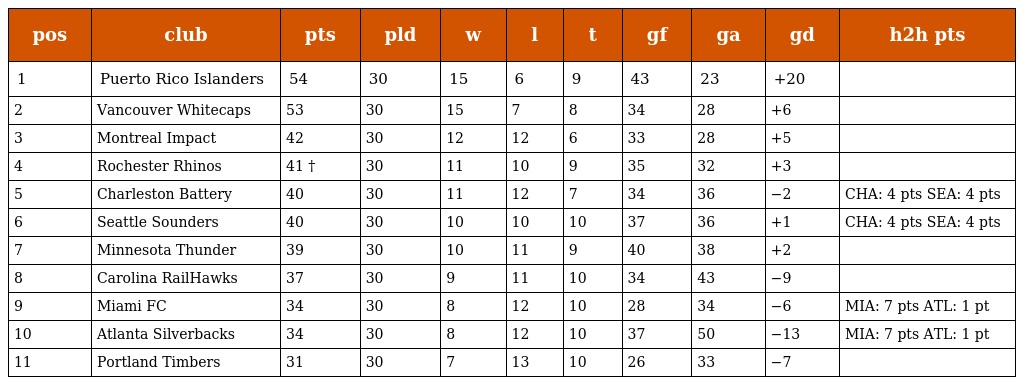
| pos | club | pts | pld | w | l | t | gf | ga | gd | h2h pts |
 | --- | --- | --- | --- | --- | --- | --- | --- | --- | --- | --- |
 | 1 | Puerto Rico Islanders | 54 | 30 | 15 | 6 | 9 | 43 | 23 | +20 |  |
 | 2 | Vancouver Whitecaps | 53 | 30 | 15 | 7 | 8 | 34 | 28 | +6 |  |
 | 3 | Montreal Impact | 42 | 30 | 12 | 12 | 6 | 33 | 28 | +5 |  |
 | 4 | Rochester Rhinos | 41 † | 30 | 11 | 10 | 9 | 35 | 32 | +3 |  |
 | 5 | Charleston Battery | 40 | 30 | 11 | 12 | 7 | 34 | 36 | −2 | CHA: 4 pts SEA: 4 pts |
 | 6 | Seattle Sounders | 40 | 30 | 10 | 10 | 10 | 37 | 36 | +1 | CHA: 4 pts SEA: 4 pts |
 | 7 | Minnesota Thunder | 39 | 30 | 10 | 11 | 9 | 40 | 38 | +2 |  |
 | 8 | Carolina RailHawks | 37 | 30 | 9 | 11 | 10 | 34 | 43 | −9 |  |
 | 9 | Miami FC | 34 | 30 | 8 | 12 | 10 | 28 | 34 | −6 | MIA: 7 pts ATL: 1 pt |
 | 10 | Atlanta Silverbacks | 34 | 30 | 8 | 12 | 10 | 37 | 50 | −13 | MIA: 7 pts ATL: 1 pt |
 | 11 | Portland Timbers | 31 | 30 | 7 | 13 | 10 | 26 | 33 | −7 |  |